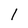
Character: l